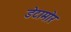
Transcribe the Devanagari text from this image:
डेटामोर